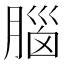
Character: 腦